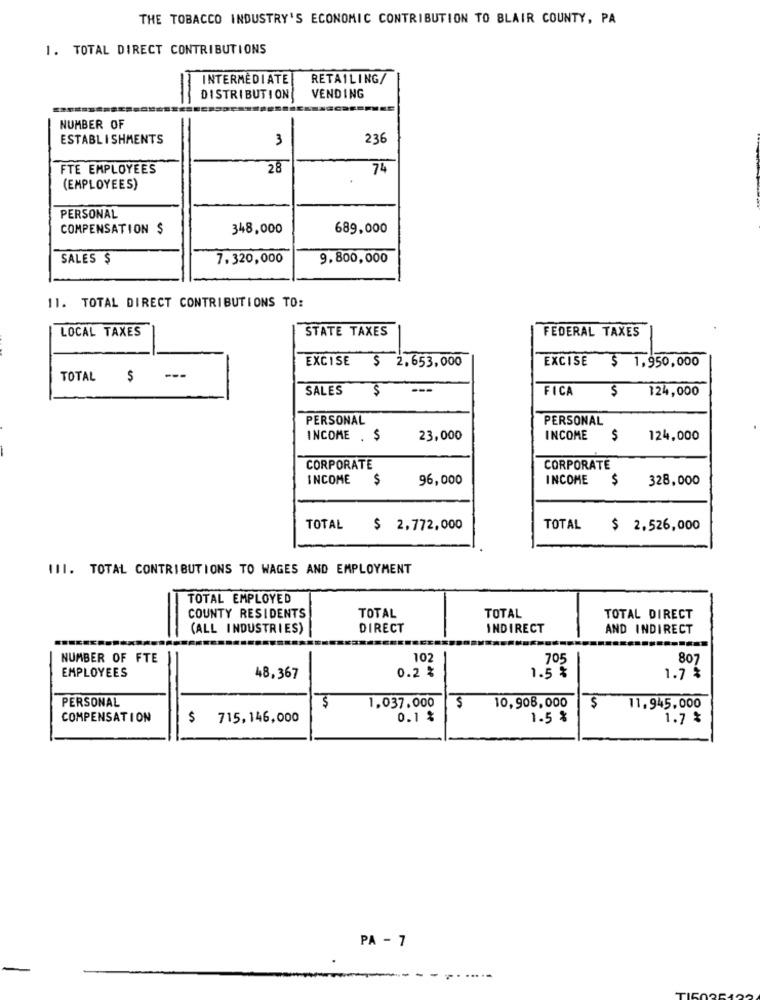
THE TOBACCO INDUSTRY'S ECONOMIC CONTRIBUTION TO BLAIR COUNTY, PA
1. TOTAL DIRECT CONTRIBUTIONS
INTERMEDIATE
RETAILING/
DISTRIBUTION
VENDING
NUMBER OF
ESTABLISHMENTS
3
236
FTE EMPLOYEES
28
74
(EMPLOYEES)
PERSONAL
COMPENSATION $
348,000
689,000
SALES $
7.320,000
9.800,000
11. TOTAL DIRECT CONTRIBUTIONS TO:
LOCAL TAXES
STATE TAXES
FEDERAL TAXES
EXCISE $ 2.653,000
EXCISE $ 1,950,000
TOTAL $
SALES $
FICA
124,000
PERSONAL
PERSONAL
INCOME . $
23,000
INCOME
$
124,000
CORPORATE
CORPORATE
INCOME
$
96,000
INCOME
$
328,000
TOTAL
$ 2,772,000
TOTAL $ 2.526,000
111. TOTAL CONTRIBUTIONS TO WAGES AND EMPLOYMENT
TOTAL EMPLOYED
COUNTY RESIDENTS
TOTAL
TOTAL
TOTAL DIRECT
(ALL INDUSTRIES)
DIRECT
INDIRECT
AND INDIRECT
NUMBER OF FTE
102
705
807
EMPLOYEES
0.2 %
48,367
1.5 %
1.7 %
PERSONAL
$
1.037.000
$
10,908,000
$
11,945,000
COMPENSATION
$ 715,146,000
0.1 %
1.5 %
1.7 %
PA - 7